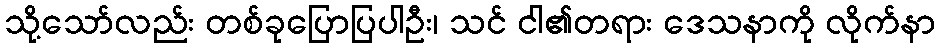
သို့သော်လည်း တစ်ခုပြောပြပါဦး၊ သင် ငါ၏တရား ဒေသနာကို လိုက်နာ